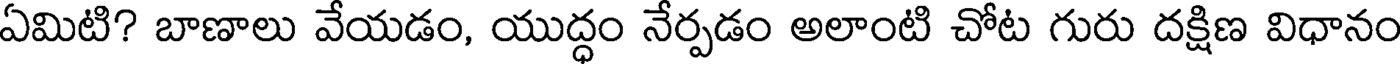
ఏమిటి? బాణాలు వేయడం, యుద్ధం నేర్పడం అలాంటి చోట గురు దక్షిణ విధానం